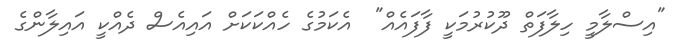
"އިސްލާމީ ހިލާފަތް ދޫކުރުމަކީ ފާފައެއް"  އެކަމުގެ ހެއްކަކަށް އައިއެސް ދެއްކީ އައިލާންގެ